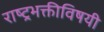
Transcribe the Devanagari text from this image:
राष्ट्रभक्तीविषयी